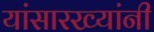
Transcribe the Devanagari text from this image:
यांसारख्यांनी